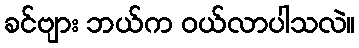
ခင်ဗျား ဘယ်က ဝယ်လာပါသလဲ။